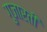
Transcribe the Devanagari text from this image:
गुजारती